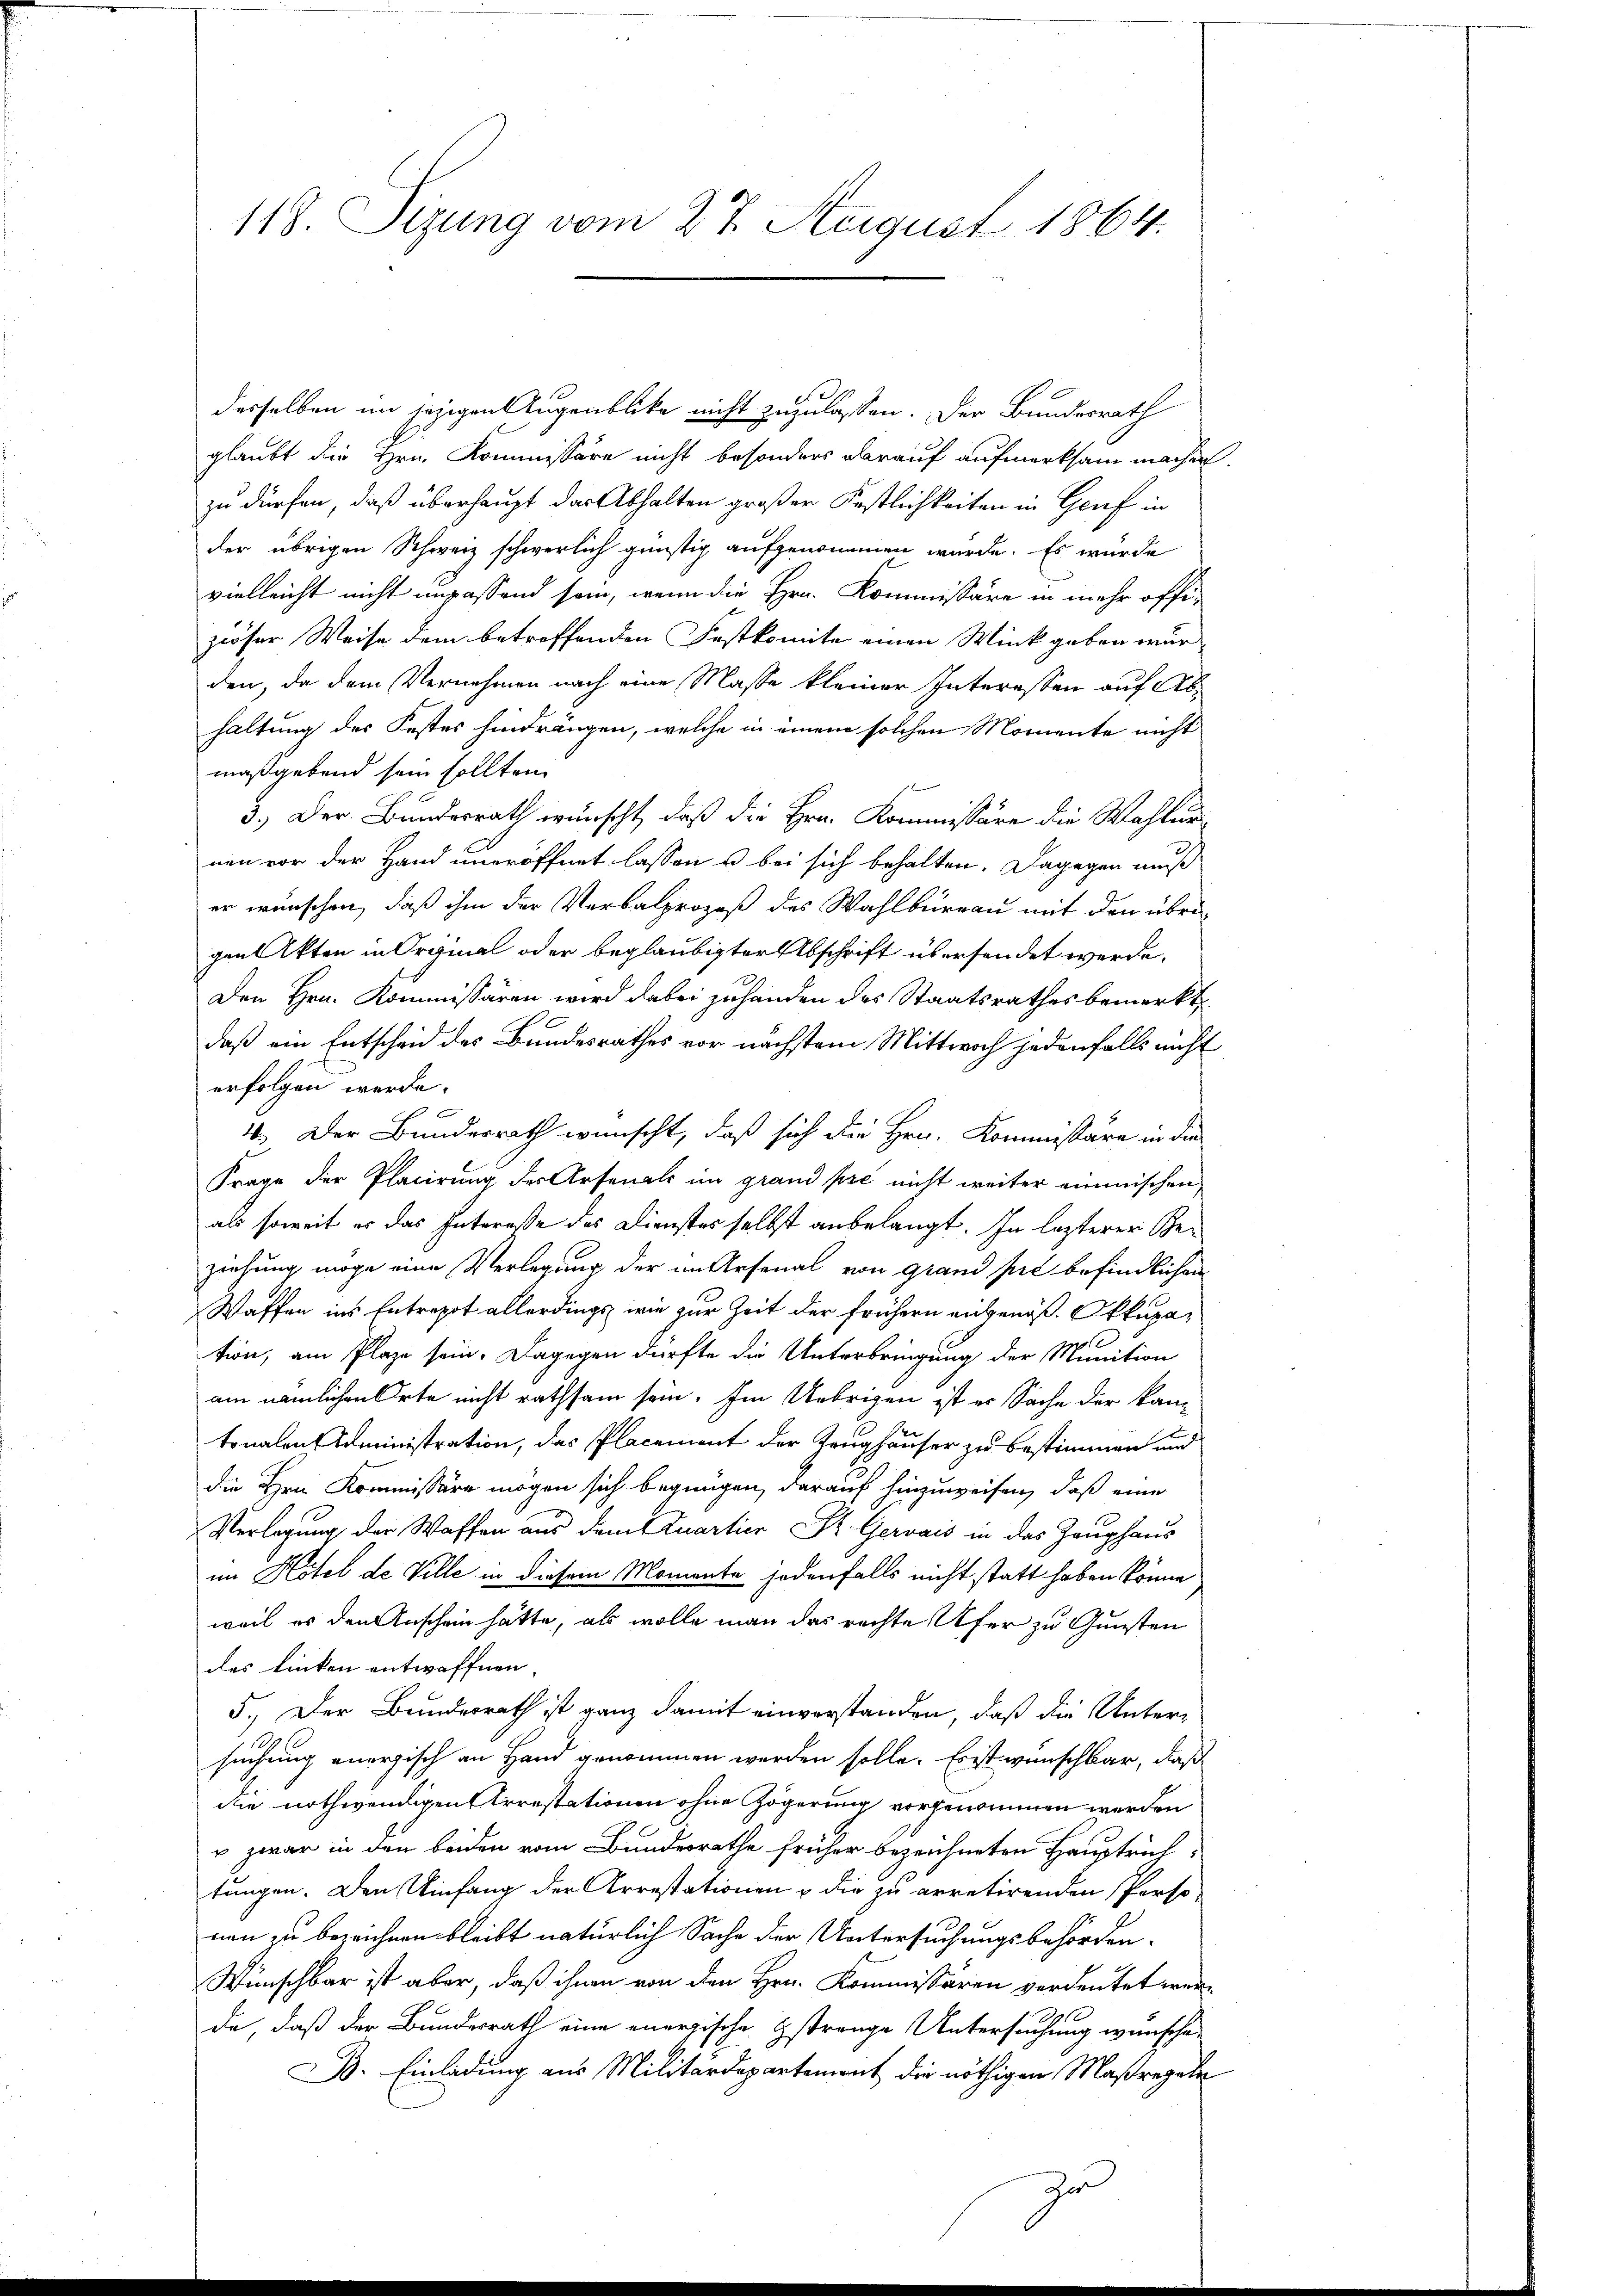
118. Sizung vom 27. August 1864.

d. d.
desselben im jezigen Augenblicke nicht zuzulassen. Der Bundesrath
glaubt die Hrn. Kommissäre nicht besonders oberauf aufmerksam machen.
zu dürfen, daß überhaupt das Abhalten großer Festlichkeiten in Genf in
der übrigen Schweiz schwerlich günstig aufgenommen wurde. Es würde
vielleicht nicht unpassend sein, wenn die Hrn. Kommissäre in mehr offiziöser Weise dem betreffenden Festkomite einen Wink geben wurden, da dem Vernehmen nach eine Masse kleiner Interessen auf Abhaltung des Festes hindrängen, welche in einem solchen Momente nicht
maßgebend sein sollten.
3.) Der Bundesrath wünscht, daß die Hrn. Kommissäre die Wahlun
nen vor der Hand uneröffnet lassen u bei sich behalten. Dagegen muß
er wünschen, daß ihm der Verbalprozeß des Wahlbureau mit den übrig
gen Akten in Original oder beglaubigter Abschrift übersendet werde.
Den Hrn. Kommissären wird dabei zuhanden des Staatsrathes bemerkt,
daß ein Entscheid des Bundesrathes vor nächstem Mittwoch jedenfalls nicht
erfolgen werde.
x
4.) Der Bundesrath wünscht, daß sich die Hrn. Kommissäre in die
Frage der Placirung der Arsenals im grand pse nicht weiter einmischen
als soweit es das Interesse des Dienstes selbst anbelangt. In lezterer Geziehung möge eine Verlegung der im Arsenal von Grand sie befindlichen
Waffen ins Entrepot allerdings wie zur Zeit der frühern eingenoß Okkupation, am Plaze sein. Dagegen dürfte die Unterbringung der Munition
am nämlichen Orte nicht rathsam sein. Im Uebrigen ist er Sache der kan-
tonalen Administration, das Placement der Trughäuser zu bestimmen und
die Hrn. Kommissäre mögen sich begnügen, darauf hinzuweisen, daß eine
Verlegung der Waffen aus dem Quartier K. Gervais in das Zeughaus
im Hotel de Ville in diesem Momente jedenfalls nicht statt haben könne
weil es den Anschein hätte, als wolle man das rechte Ufer zu Gunsten
des linken entwaffnen |
5.) Der Bundesrath ist ganz damit einverstanden, daß die Untersuchung energisch an Hand genommen werden solle. Es ist wünschbar, daß
die nothwendigen Arrestationen ohne Zögerung vorgenommen werden
v zwar in den beiden vom Bundesrathe früher bezeichneten Hauptrich-
tungen. Den Uinfang der Arrestationen & die zu arretirenden Perso
nen zu bezeichnen bleibt natürlich Sache der Untersuchungsbehörden¬
Wünschbar ist aber, daß ihnen von den Hrn. Kommissoren verdeutet werde, daß der Bundesrath eine energische Estrange Untersuchung wünschen
B. Einladung aus Militärdepartement die nöthigen Maßregele
z